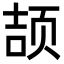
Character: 颉